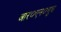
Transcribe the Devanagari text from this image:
आर०एन०चुघ